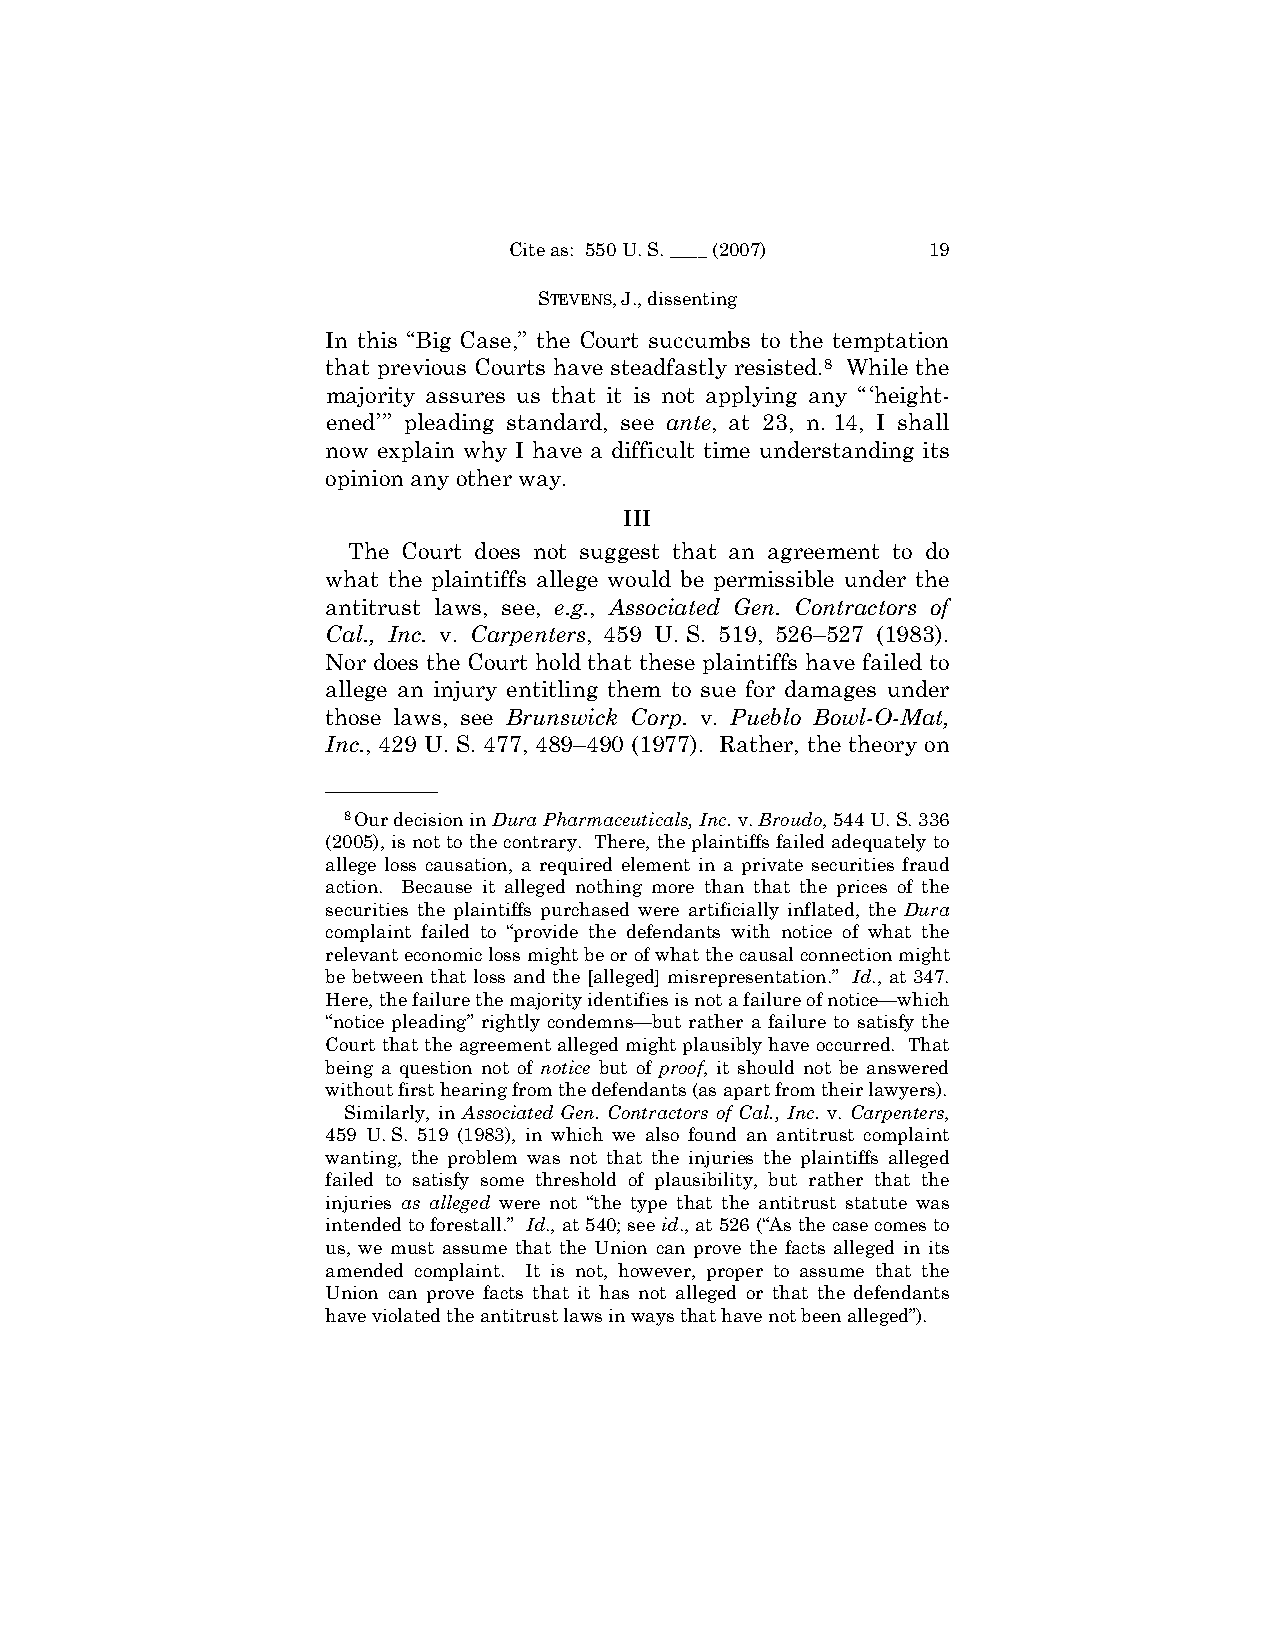
Cite as: 550 U. S. ____ (2007) 19
 STEVENS, J., dissenting
 In this “Big Case,” the Court succumbs to the temptation
 that previous Courts have steadfastly resisted.8 While the
 majority assures us that it is not applying any “‘height-
 ened’” pleading standard, see ante, at 23, n. 14, I shall
 now explain why I have a difficult time understanding its
 opinion any other way.
 III
 The Court does not suggest that an agreement to do
 what the plaintiffs allege would be permissible under the
 antitrust laws, see, e.g., Associated Gen. Contractors of
 Cal., Inc. v. Carpenters, 459 U. S. 519, 526–527 (1983).
 Nor does the Court hold that these plaintiffs have failed to
 allege an injury entitling them to sue for damages under
 those laws, see Brunswick Corp. v. Pueblo Bowl-O-Mat,
 Inc., 429 U. S. 477, 489–490 (1977). Rather, the theory on
 ——————
 8Our decision in Dura Pharmaceuticals, Inc. v. Broudo, 544 U. S. 336
 (2005), is not to the contrary. There, the plaintiffs failed adequately to
 allege loss causation, a required element in a private securities fraud
 action. Because it alleged nothing more than that the prices of the
 securities the plaintiffs purchased were artificially inflated, the Dura
 complaint failed to “provide the defendants with notice of what the
 relevant economic loss might be or of what the causal connection might
 be between that loss and the [alleged] misrepresentation.” Id., at 347.
 Here, the failure the majority identifies is not a failure of notice—which
 “notice pleading” rightly condemns—but rather a failure to satisfy the
 Court that the agreement alleged might plausibly have occurred. That
 being a question not of notice but of proof, it should not be answered
 without first hearing from the defendants (as apart from their lawyers).
 Similarly, in Associated Gen. Contractors of Cal., Inc. v. Carpenters,
 459 U. S. 519 (1983), in which we also found an antitrust complaint
 wanting, the problem was not that the injuries the plaintiffs alleged
 failed to satisfy some threshold of plausibility, but rather that the
 injuries as alleged were not “the type that the antitrust statute was
 intended to forestall.” Id., at 540; see id., at 526 (“As the case comes to
 us, we must assume that the Union can prove the facts alleged in its
 amended complaint. It is not, however, proper to assume that the
 Union can prove facts that it has not alleged or that the defendants
 have violated the antitrust laws in ways that have not been alleged”).